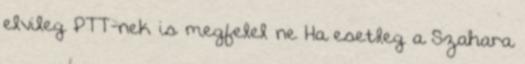
elvileg PTT-nek is megfelel ne Ha esetleg a Szahara